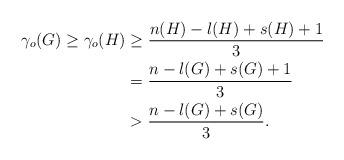
LaTeX: \begin{align*}\gamma_{o}(G) \geq\gamma_{o}(H)& \geq\frac{n(H)-l(H)+s(H)+1}{3}\\& =\frac{n-l(G)+s(G)+1}{3}\\& >\frac{n-l(G)+s(G)}{3}.\end{align*}